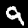
Label: 9